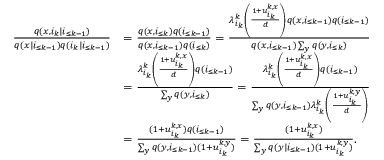
\begin{array} { r l } { \frac { q ( x , i _ { k } | i _ { \le k - 1 } ) } { q ( x | i _ { \le k - 1 } ) q ( i _ { k } | i _ { \le k - 1 } ) } } & { = \frac { q ( x , i _ { \le k } ) q ( i _ { \le k - 1 } ) } { q ( x , i _ { \le k - 1 } ) q ( i _ { \le k } ) } = \frac { \lambda _ { i _ { k } } ^ { k } \left( \frac { 1 + u _ { i _ { k } } ^ { k , x } } { d } \right) q ( x , i _ { \le k - 1 } ) q ( i _ { \le k - 1 } ) } { q ( x , i _ { \le k - 1 } ) \sum _ { y } q ( y , i _ { \le k } ) } } \\ & { = \frac { \lambda _ { i _ { k } } ^ { k } \left( \frac { 1 + u _ { i _ { k } } ^ { k , x } } { d } \right) q ( i _ { \le k - 1 } ) } { \sum _ { y } q ( y , i _ { \le k } ) } = \frac { \lambda _ { i _ { k } } ^ { k } \left( \frac { 1 + u _ { i _ { k } } ^ { k , x } } { d } \right) q ( i _ { \le k - 1 } ) } { \sum _ { y } q ( y , i _ { \le k - 1 } ) \lambda _ { i _ { k } } ^ { k } \left( \frac { 1 + u _ { i _ { k } } ^ { k , y } } { d } \right) } } \\ & { = \frac { ( 1 + u _ { i _ { k } } ^ { k , x } ) q ( i _ { \le k - 1 } ) } { \sum _ { y } q ( y , i _ { \le k - 1 } ) ( 1 + u _ { i _ { k } } ^ { k , y } ) } = \frac { ( 1 + u _ { i _ { k } } ^ { k , x } ) } { \sum _ { y } q ( y | i _ { \le k - 1 } ) ( 1 + u _ { i _ { k } } ^ { k , y } ) } . } \end{array}